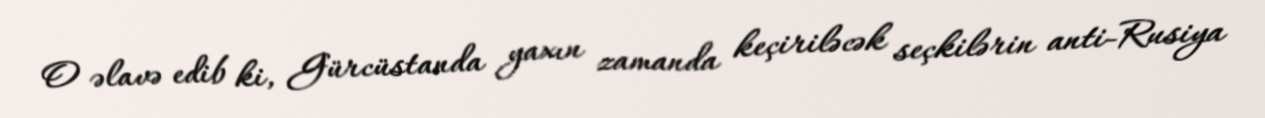
O əlavə edib ki, Gürcüstanda yaxın zamanda keçiriləcək seçkilərin anti-Rusiya